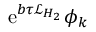
\mathrm { e } ^ { b \tau \mathcal { L } _ { H _ { 2 } } } \phi _ { k }